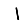
Digit: 1